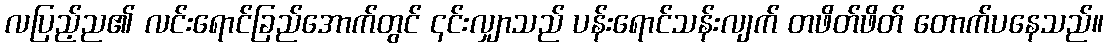
လပြည့်ည၏ လင်းရောင်ခြည်အောက်တွင် ၎င်းလျှာသည် ပန်းရောင်သန်းလျက် တဖိတ်ဖိတ် တောက်ပနေသည်။